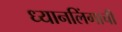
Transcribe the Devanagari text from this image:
ध्यानलिंगाची